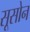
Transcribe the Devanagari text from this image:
सूसोन